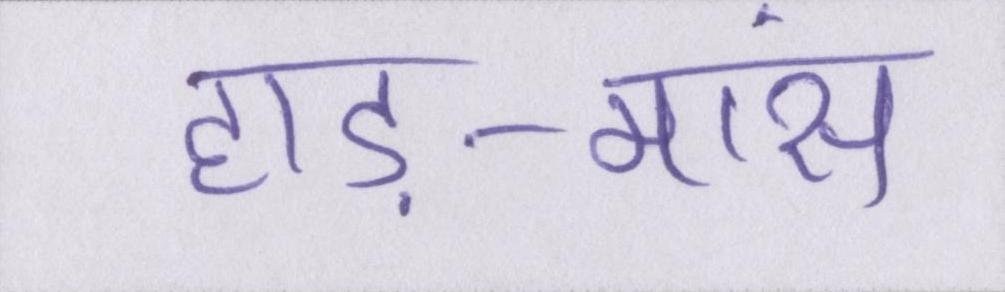
हाड़-मांस